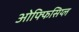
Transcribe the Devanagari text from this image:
ओफ्फिसिय्ल